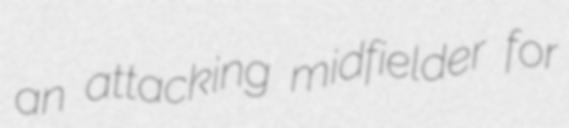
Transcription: an attacking midfielder for